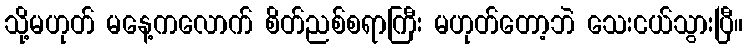
သို့မဟုတ် မနေ့ကလောက် စိတ်ညစ်စရာကြီး မဟုတ်တော့ဘဲ သေးငယ်သွားပြီ။